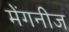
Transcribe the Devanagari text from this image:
मेंगनीज